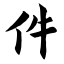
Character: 件